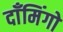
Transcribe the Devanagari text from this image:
दाँमिंगो